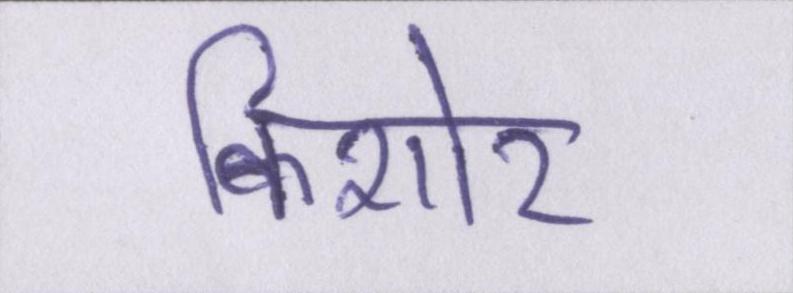
किशोर